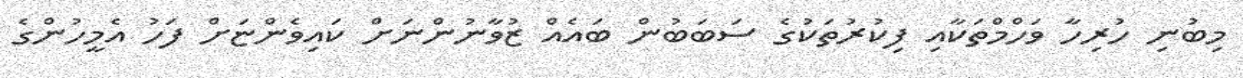
މިބުނި ހުރިހާ ވަހްމްތަކާއި ފިކުރުތަކުގެ ސަބަބުން ބައެއް ޒުވާނުންނަށް ކައިވެންޏަށް ފަހު އެމީހުންގެ